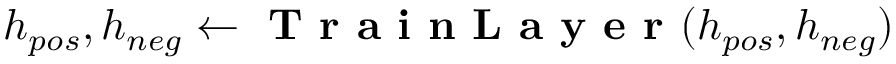
h _ { p o s } , h _ { n e g } \gets \textbf { T r a i n L a y e r } ( h _ { p o s } , h _ { n e g } )